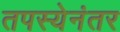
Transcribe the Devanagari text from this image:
तपस्येनंतर